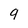
Character: 9